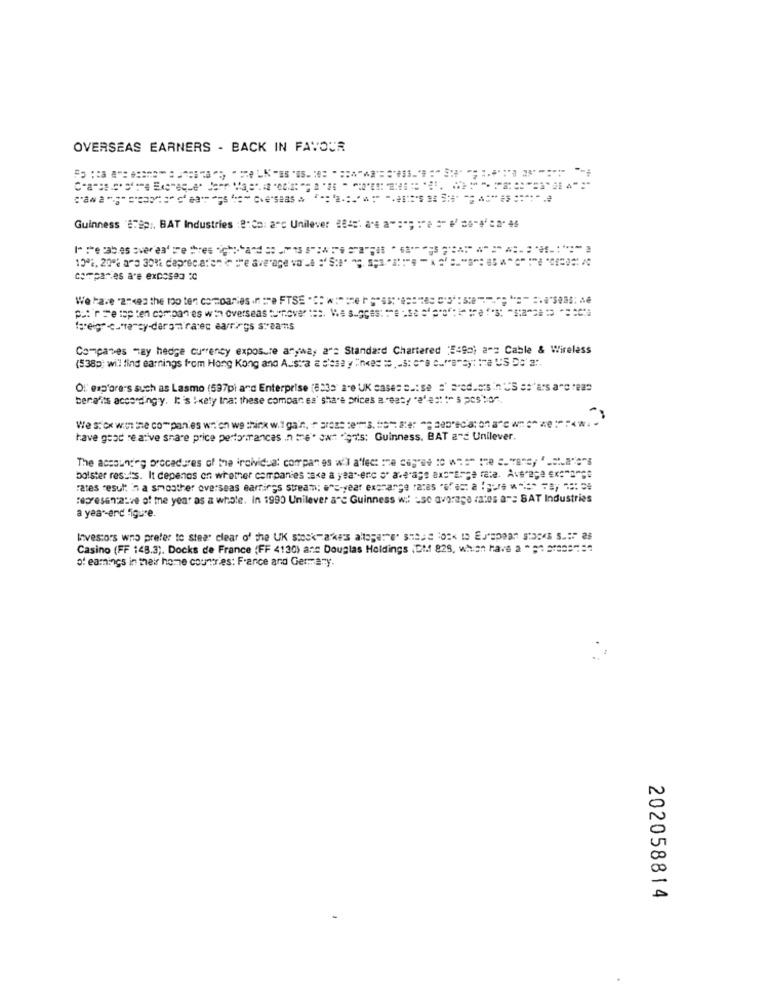
OVERSEAS EARNERS - BACK IN FAVOUR
Guinness #Tgp ;. BAT Industries : 8:Co: arc Unilever 2045: 8'4 a":"; : "e ="/6-4'"46
companies are exposed :C
We have "2742 the top ten companies in :re FTSE " ::== = ":" ": "." " .;
foreign c."ra cy-darom'ratec earrings svaans
Compases may hedge currency exposure anyway a": Standard Chartered "5:90) a"z Cable & Wireless
(538p) wil find earnings from Hong Kong and Austra a C'est y "inces = - 3: c"a "s"by: tra US D' ".
Ol' exp'orers such as Lasmo (597pi and Enterprise (8335' are UK cases s .: se s' Freduo's in US as'ars andreas
benefits accordingly. It's !katy that these compar es' share prices a "easy "af esti" s pcs bo",
We stox won the companies wt'on we think wit gain, r gross tes. "o" se " eat"www.
have good re ative share price performances in me". Swt "gr's: Guinness, BAT and Unilever.
The accounteg procedures of the individual compan es will affect :e agree to w == " the "."are, " .ct.a"""s
bolster results. It depends on whether companies :ace a year-eric s' ale-ags axs"Enge rate. Average ex:"a"se
rates result in a smoother overseas earrings stream; e"s-year exchange rates "ofast a "pure " ** = a) == =
representative of the year as a whole. In 1990 Unilever a"℃ Guinness w :: : se average rates a": SAT Industries
a year-erd figure.
Investors who prefer to steer clear of the UK stock-ake's altager"e" sheje 104 1 E'span tos
Casino (FF 148.3). Docks de France (FF 4130) ans Douglas Holdings , DM 825, which have a * = 1 218031="
of earnings in their home countries: France and Germany.
202058814